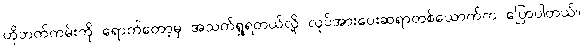
ဟိုဘက်ကမ်းကို ရောက်တော့မှ အသက်ရှုရတယ်လို့ လုပ်အားပေးဆရာတစ်ယောက်က ပြောပါတယ်။